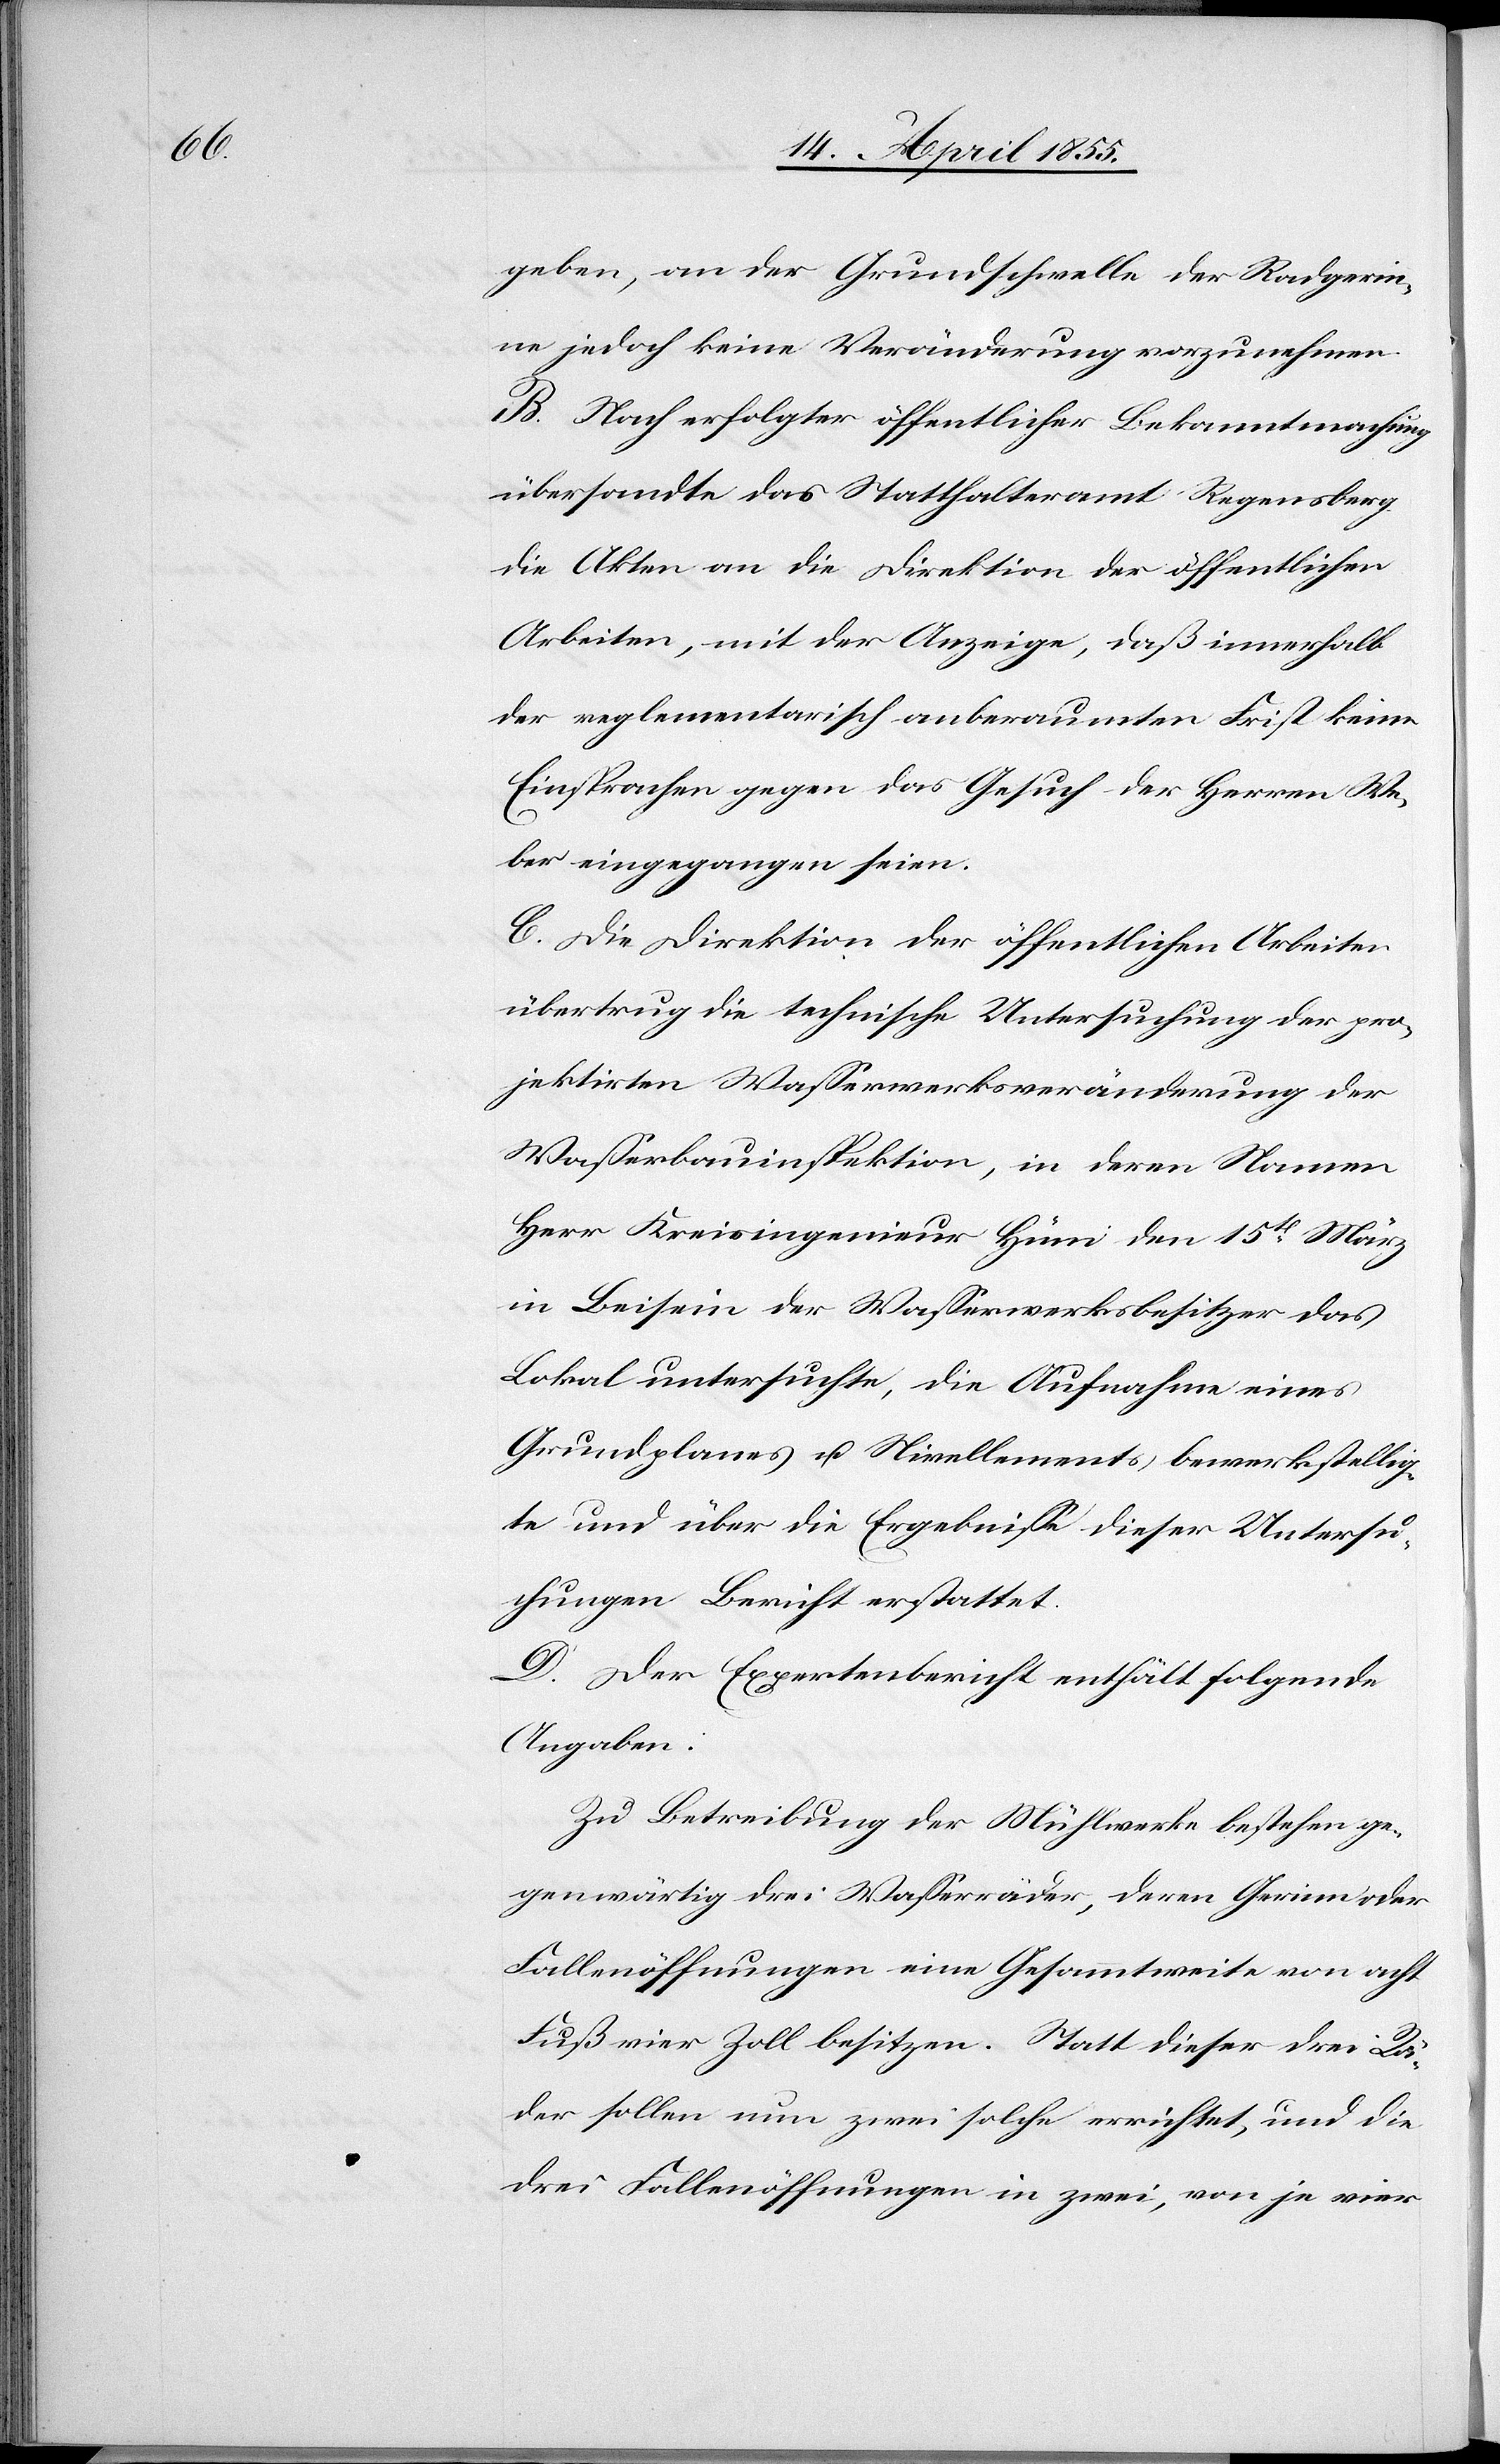
geben, an der Grundschwelle der Radgerin¬
ne jedoch keine Veränderung vorzunehmen.
B. Nach erfolgter öffentlicher Bekanntmachung
übersandte das Statthalteramt Regensberg
die Akten an die Direktion der öffentlichen
Arbeiten, mit der Anzeige, daß innerhalb
der reglementarisch anberaumten Frist keine
Einsprachen gegen das Gesuch der Herren We¬
ber eingegangen seien.
C. Die Direktion der öffentlichen Arbeiten
übertrug die technische Untersuchung der pro¬
jektirten Wasserwerksveränderung der
Wasserbauinspektion, in deren Namen
Herr Kreisingenieur Hüni den 15t März
in Beisein der Wasserwerksbesitzer das
Lokal untersuchte, die Aufnahme eines
Grundplanes u. Nivellements bewerkstellig¬
te und über die Ergebnisse dieser Untersu¬
chungen Bericht erstattet.
D. Der Expertenbericht enthält folgende
Angaben:
Zu Betreibung der Mühlwerke bestehen ge¬
genwärtig drei Wasserräder, deren Gerinn[-] oder
Fallenöffnungen eine Gesammtweite von acht
Fuß vier Zoll besitzen. Statt dieser drei Rä¬
der sollen nun zwei solche errichtet, und die
drei Fallenöffnungen in zwei, von je vier